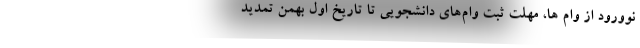
نوورود از وام ها، مهلت ثبت وام‌های دانشجویی تا تاریخ اول بهمن تمدید